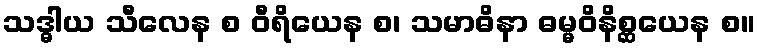
သဒ္ဓါယ သီလေန စ ဝီရိယေန စ၊ သမာဓိနာ ဓမ္မဝိနိစ္ဆယေန စ။